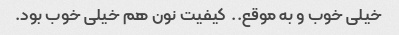
خیلی خوب و به موقع.. ‌ کیفیت نون هم خیلی خوب بود. ‌